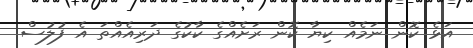
އަޅެ ކޮން ނަމެއް ކިޔާ ކޮން ރަށެއްގެ ކާކުގެ ދަރިއެއްތަ އެ ފުލުސް